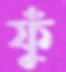
ফুঁ